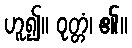
ဟူ၍။ ဝုတ္တံ၊ ၏။